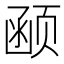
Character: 𱂰